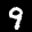
Label: 9